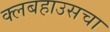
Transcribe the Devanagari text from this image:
क्लबहाउसचा